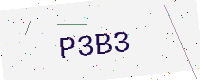
Text: P3B3